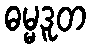
ဓမ္မဒူတ